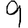
Digit: 9